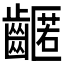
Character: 𪙛